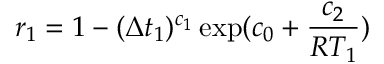
r _ { 1 } = 1 - ( \Delta t _ { 1 } ) ^ { c _ { 1 } } \exp ( c _ { 0 } + \frac { c _ { 2 } } { R T _ { 1 } } )